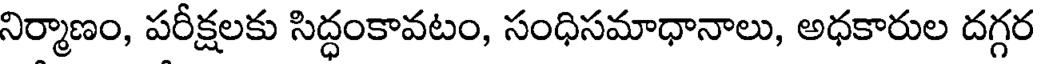
నిర్మాణం, పరీక్షలకు సిద్ధంకావటం, సంధిసమాధానాలు, అధకారుల దగ్గర